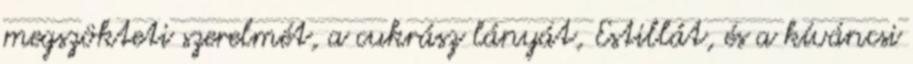
megszökteti szerelmét, a cukrász lányát, Estillát, és a kíváncsi